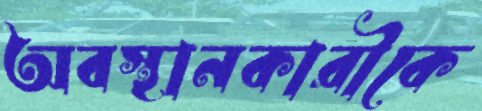
অবস্থানকারীকে